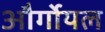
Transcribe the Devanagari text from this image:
और्गोयल